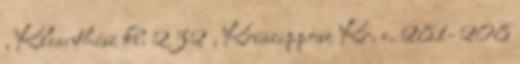
, Kleanthész kb. 232 , Krüszipposz Kr. e. 281–208